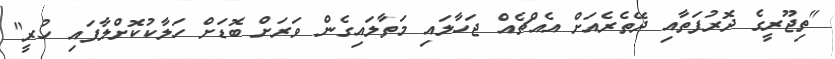
"ތިޖޫރީގެ ދޮރުފަތާއި ދޭތެރެއަށް އެއްޗެއް ޖަހާލައި މަތާލައިގެން ވަރަށް ބޮޑަށް ހަލާކުކޮށްލާފައި ހުރީ"